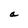
Character: a